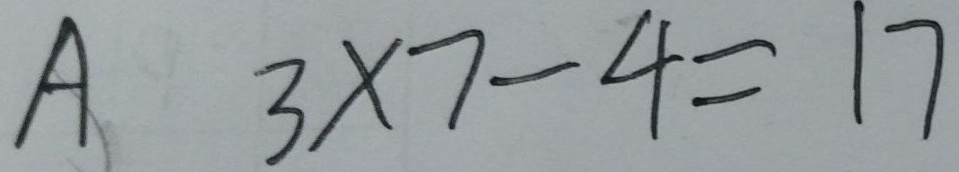
A 3 \times 7 - 4 = 1 7